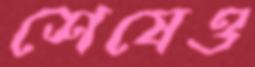
শেষেও